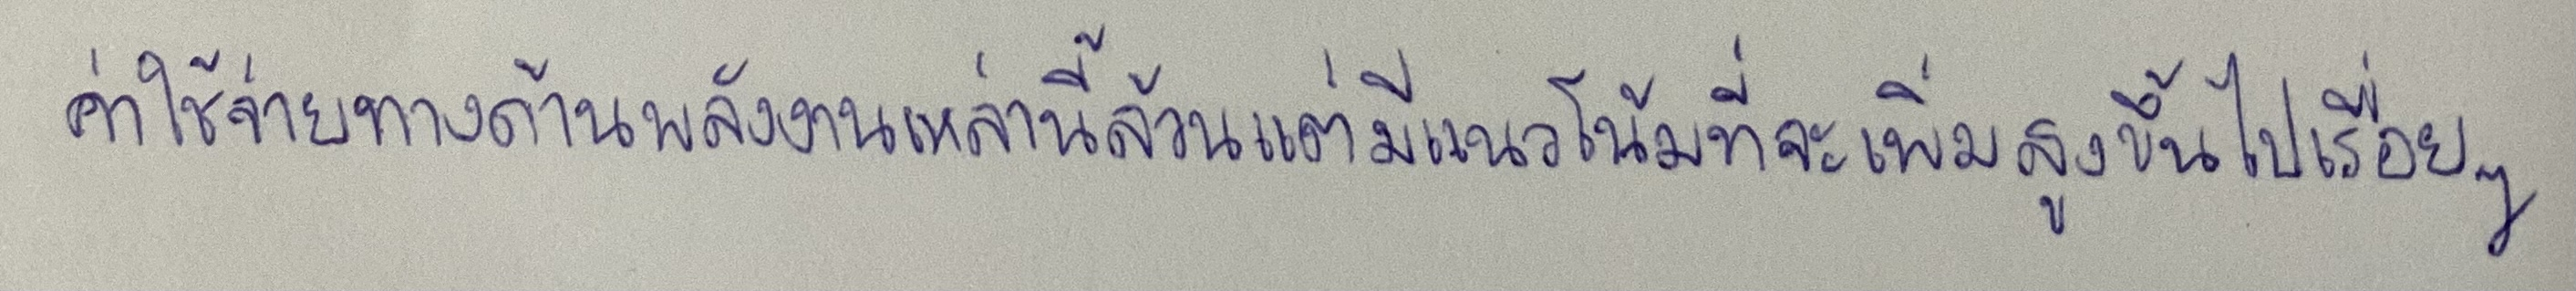
ค่าใช้จ่ายทางด้านพลังงานเหล่านี้ล้วนแต่มีแนวโน้มที่จะเพิ่มสูงขึ้นไปเรื่อยๆ